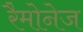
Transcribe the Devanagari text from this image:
रैमोनेज